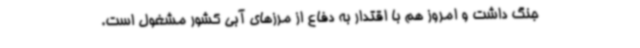
جنگ داشت و امروز هم با اقتدار به دفاع از مرزهای آبی کشور مشغول است.